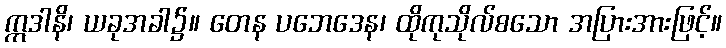
ဣဒါနိ၊ ယခုအခါ၌။ တေန ပဘေဒေန၊ ထိုကုသိုလ်စသော အပြားအားဖြင့်။